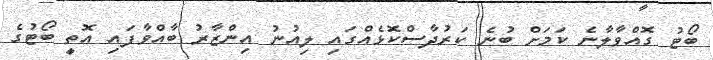
ބޯޓު ގޮއްވާލާނެ ކަމަށް ބުނެ ކަރުދާސްކޮޅެއްގައި ލިއުނު އިންޒާރު ބާއްވާފައި އޮތީ ބޯޓުގެ